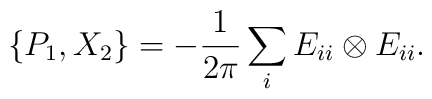
\{P_1,X_2\}=-\frac{1}{2\pi}\sum_{i} E_{ii}\otimes E_{ii}.